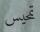
تمحيس